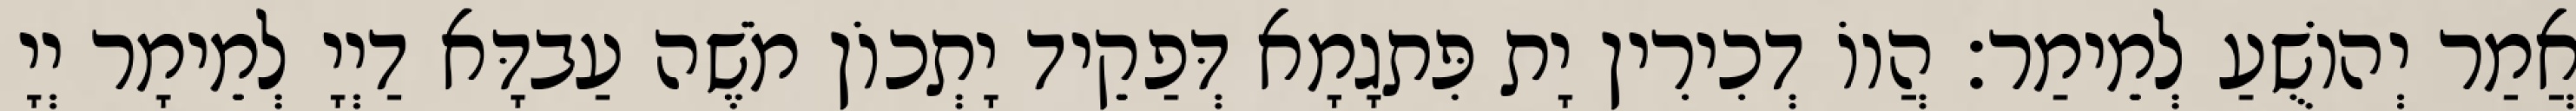
אֲמַר יְהוֹשֻׁעַ לְמֵימַר׃ הֲווֹ דְכִירִין יָת פִּתגָמָא דְּפַקֵיד יָתְכוֹן מֹשֶׁה עַבדָּא דַיְיָ לְמֵימָר יְיָ